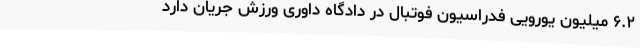
۶.۲ میلیون یورویی فدراسیون فوتبال در دادگاه داوری ورزش جریان دارد